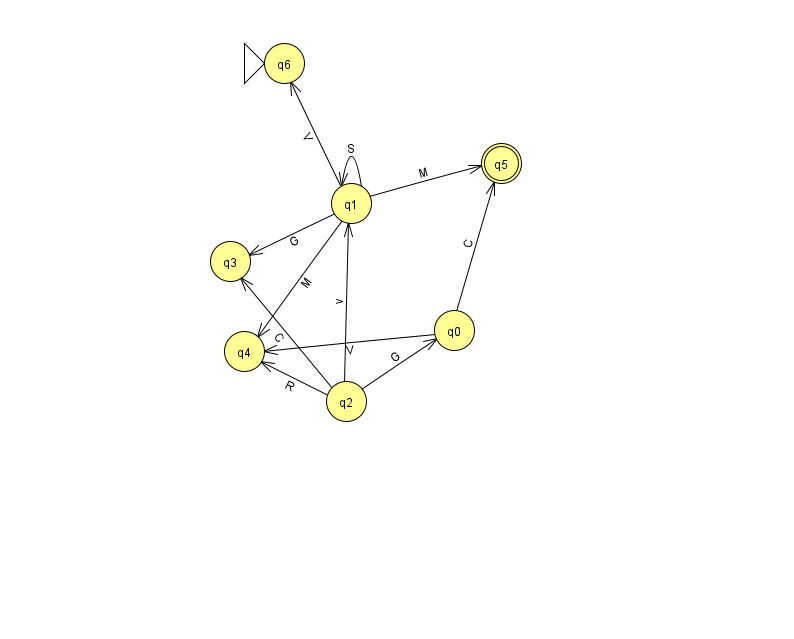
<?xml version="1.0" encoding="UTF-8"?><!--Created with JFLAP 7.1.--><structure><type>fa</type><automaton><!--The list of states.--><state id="0" name="q0"><x>454.0</x><y>317.0</y></state><state id="1" name="q1"><x>351.0</x><y>190.0</y></state><state id="2" name="q2"><x>346.0</x><y>388.0</y></state><state id="3" name="q3"><x>230.0</x><y>248.0</y></state><state id="4" name="q4"><x>244.0</x><y>338.0</y></state><state id="5" name="q5"><x>501.0</x><y>150.0</y><final/></state><state id="6" name="q6"><x>284.0</x><y>50.0</y><initial/></state><!--The list of transitions.--><transition><from>0</from><to>5</to><read>C</read></transition><transition><from>0</from><to>4</to><read>V</read></transition><transition><from>2</from><to>3</to><read>C</read></transition><transition><from>1</from><to>1</to><read>S</read></transition><transition><from>1</from><to>5</to><read>M</read></transition><transition><from>1</from><to>3</to><read>G</read></transition><transition><from>2</from><to>1</to><read>v</read></transition><transition><from>1</from><to>6</to><read>V</read></transition><transition><from>2</from><to>4</to><read>R</read></transition><transition><from>2</from><to>0</to><read>G</read></transition><transition><from>1</from><to>4</to><read>M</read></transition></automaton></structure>